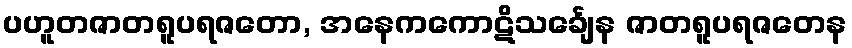
ပဟူတဇာတရူပရဇတော, အနေကကောဋိသင်္ချေန ဇာတရူပရဇတေန